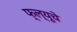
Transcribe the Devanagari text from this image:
फ्ल्यूचे